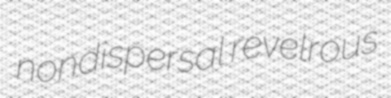
nondispersal revelrous